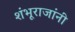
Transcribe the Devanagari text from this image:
शंभूराजांनी